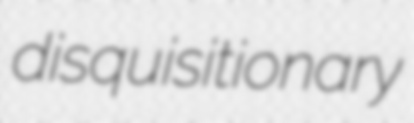
disquisitionary